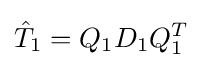
{\hat {T}}_{1}=Q_{1}D_{1}Q_{1}^{T}